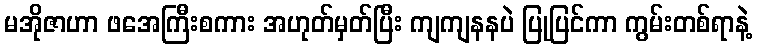
မအိုဇာဟာ ဖအေကြီးစကား အဟုတ်မှတ်ပြီး ကျကျနနပဲ ပြုပြင်ကာ ကွမ်းတစ်ရာနဲ့